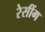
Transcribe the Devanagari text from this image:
रेसींग